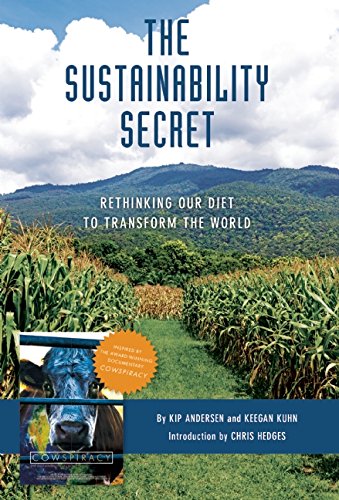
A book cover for The Sustainability Secret: Rethinking Our Diet to Transform the World; Keegan Kuhn; Science & Math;